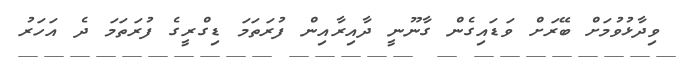
ވިދާޅުވުމަށް ބޭރަށް ވަޑައިގެން ގާނޫނީ ދާއިރާއިން ފުރަތަމަ ޑިގްރީގެ ފުރަތަމަ ދެ އަހަރު